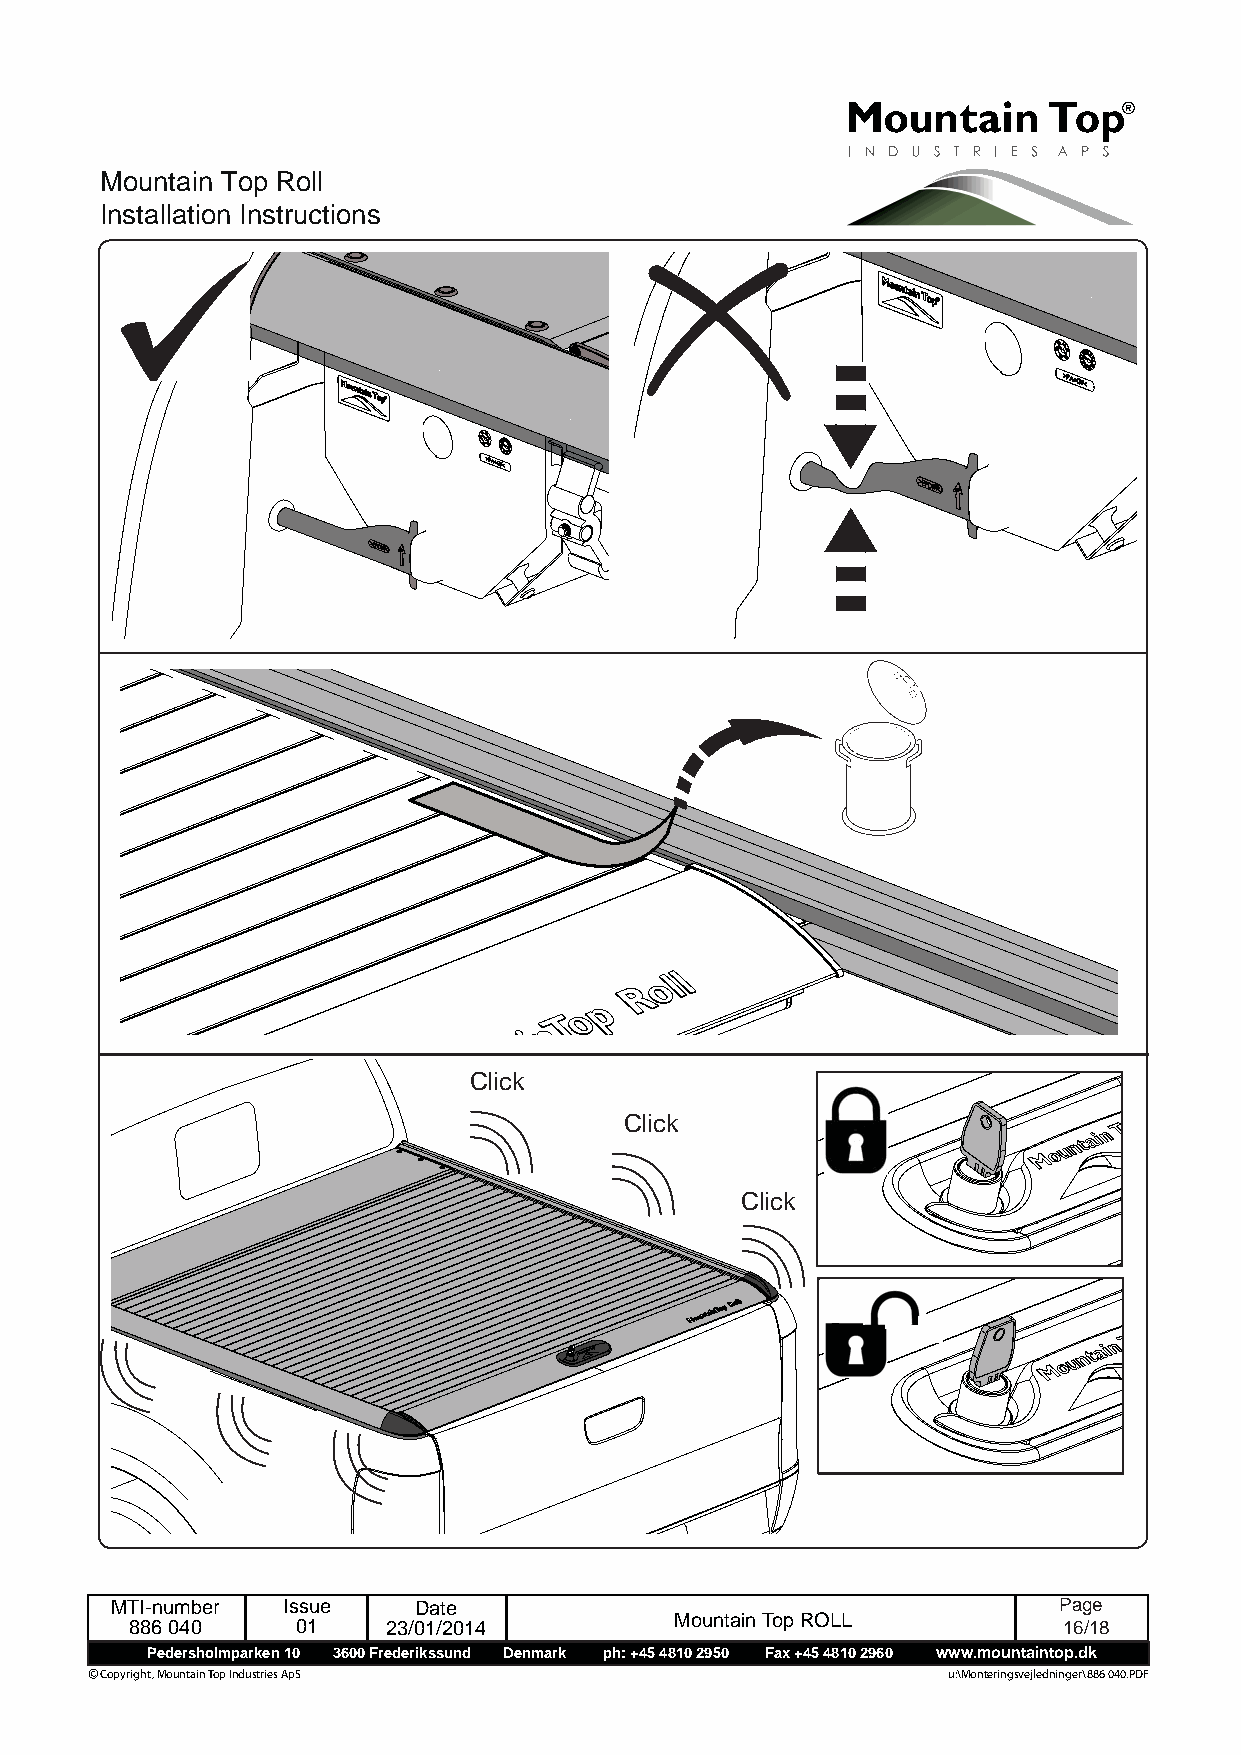
Mountain Top Roll
 Installation Instructions
 Click
 Click
 Click
 MTI-number  Issue   Date                                       Page
 886 040    01    23/01/2014         Mountain Top ROLL        1 6 /18
 Pedersholmparken 10 3600 Frederikssund Denmark ph: +45 4810 2950 Fax +45 4810 2960 www.mountaintop.dk
 © Copyright, Mountain Top Industries ApS                 u:\Monteringsvejledninger\886 040.PDF